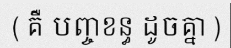
( គឺ បញ្ចខន្ធ ដូចគ្នា )